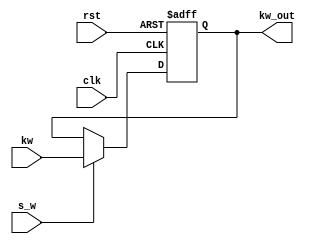
module kw_out
( rst,clk,kw,kw_out,s_w
);

  input rst;
  input clk;
  input [31:0] kw;
  input s_w;
  output [31:0] kw_out;
  
  reg [31:0] rkw_out; 
always @ (posedge clk or negedge rst)
       if( !rst ) 
			rkw_out <= 'd0;	 	
		else if( s_w == 1 )
			rkw_out <= kw;
		else 
			rkw_out <= rkw_out;
			
	assign kw_out = rkw_out;
	
endmodule